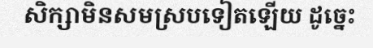
សិក្សាមិនសមស្របទៀតឡើយ ដូច្នេះ